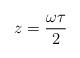
LaTeX: \begin{align*}z = {{\omega \tau} \over {2}}\end{align*}